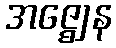
အဇ္ဈေန